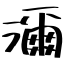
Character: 濔